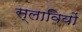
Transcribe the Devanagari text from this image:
स्लावियों